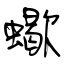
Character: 蠍